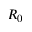
R _ { 0 }